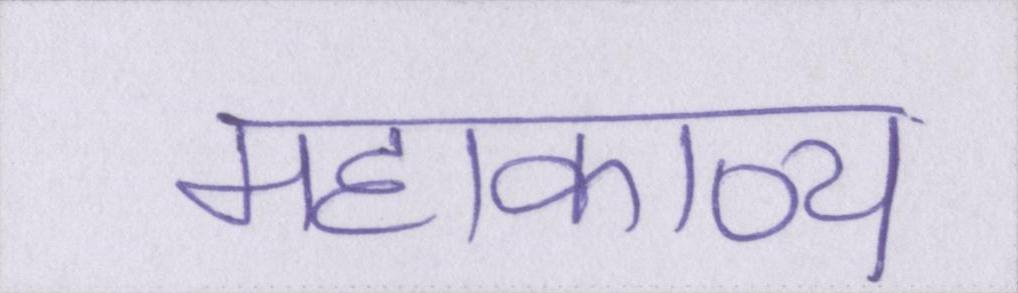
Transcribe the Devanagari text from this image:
महाकाव्य